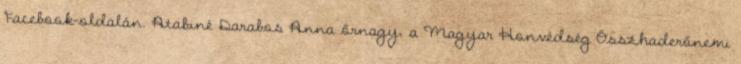
Facebook-oldalán. Atabiné Darabos Anna őrnagy, a Magyar Honvédség Összhaderőnemi